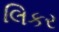
લિકર